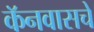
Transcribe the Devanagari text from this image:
कॅनवासचे